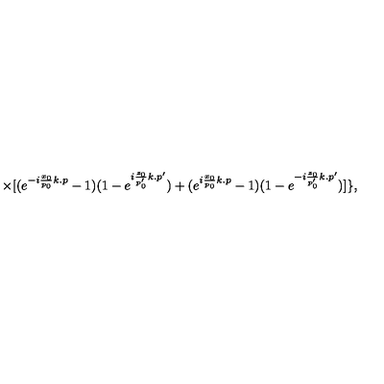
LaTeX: \times [ ( e ^ { - i \frac { x _ { 0 } } { p _ { 0 } } k . p } - 1 ) ( 1 - e ^ { i \frac { z _ { 0 } } { p _ { 0 } ^ { \prime } } k . p ^ { \prime } } ) + ( e ^ { i \frac { x _ { 0 } } { p _ { 0 } } k . p } - 1 ) ( 1 - e ^ { - i \frac { z _ { 0 } } { p _ { 0 } ^ { \prime } } k . p ^ { \prime } } ) ] \} ,